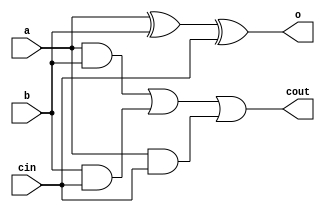
module add(input a, input b, input cin, output o, output cout);
    assign cout = (a&b)|(b&cin)|(a&cin);
    assign o = (a^b^cin);
endmodule